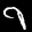
Label: 9